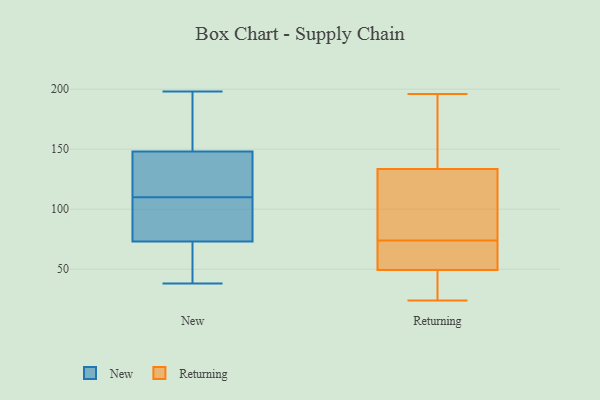
{"axis": {"x": "Revenue (USD Million)", "y": "Value"}, "legend": ["New", "Returning"], "data": [{"x": "", "y": 38, "type": "New"}, {"x": "", "y": 193, "type": "New"}, {"x": "", "y": 106, "type": "New"}, {"x": "", "y": 198, "type": "New"}, {"x": "", "y": 73, "type": "New"}, {"x": "", "y": 145, "type": "New"}, {"x": "", "y": 73, "type": "New"}, {"x": "", "y": 148, "type": "New"}, {"x": "", "y": 114, "type": "New"}, {"x": "", "y": 106, "type": "New"}, {"x": "", "y": 101, "type": "Returning"}, {"x": "", "y": 48, "type": "Returning"}, {"x": "", "y": 61, "type": "Returning"}, {"x": "", "y": 24, "type": "Returning"}, {"x": "", "y": 104, "type": "Returning"}, {"x": "", "y": 27, "type": "Returning"}, {"x": "", "y": 108, "type": "Returning"}, {"x": "", "y": 50, "type": "Returning"}, {"x": "", "y": 166, "type": "Returning"}, {"x": "", "y": 55, "type": "Returning"}, {"x": "", "y": 74, "type": "Returning"}, {"x": "", "y": 142, "type": "Returning"}, {"x": "", "y": 49, "type": "Returning"}, {"x": "", "y": 171, "type": "Returning"}, {"x": "", "y": 196, "type": "Returning"}]}